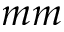
m m